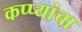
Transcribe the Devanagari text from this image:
कप्प्यांचा